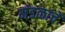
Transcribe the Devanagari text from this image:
मंडळाचें